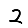
Digit: 2